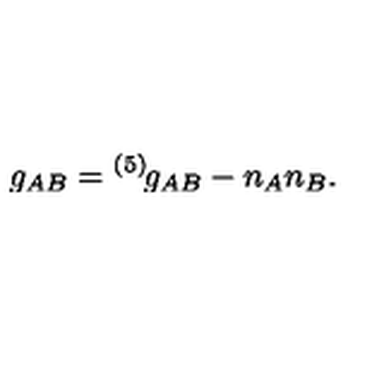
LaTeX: g _ { A B } = { } ^ { ( 5 ) \! } g _ { A B } - n _ { A } n _ { B } .